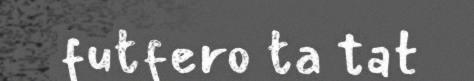
futfero ta tat